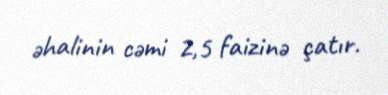
əhalinin cəmi 2,5 faizinə çatır.